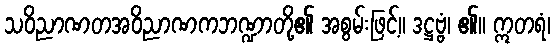
သဝိညာဏတအဝိညာဏကဘဏ္ဍာတို့၏ အစွမ်းဖြင့်။ ဒဋ္ဌဗ္ဗံ၊ ၏။ ဣတရံ၊